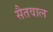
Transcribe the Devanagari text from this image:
सैतवाल